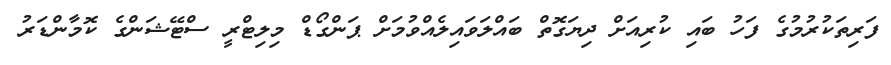
ފަރިތަކުރުމުގެ ފަހު ބައި ކުރިއަށް ދިޔަގޮތް ބައްލަވައިލެއްވުމަށް ޕަންގޯޑް މިލިޓްރީ ސްޓޭޝަންގެ ކޮމާންޑަރު